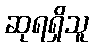
ဆုရရှိသူ